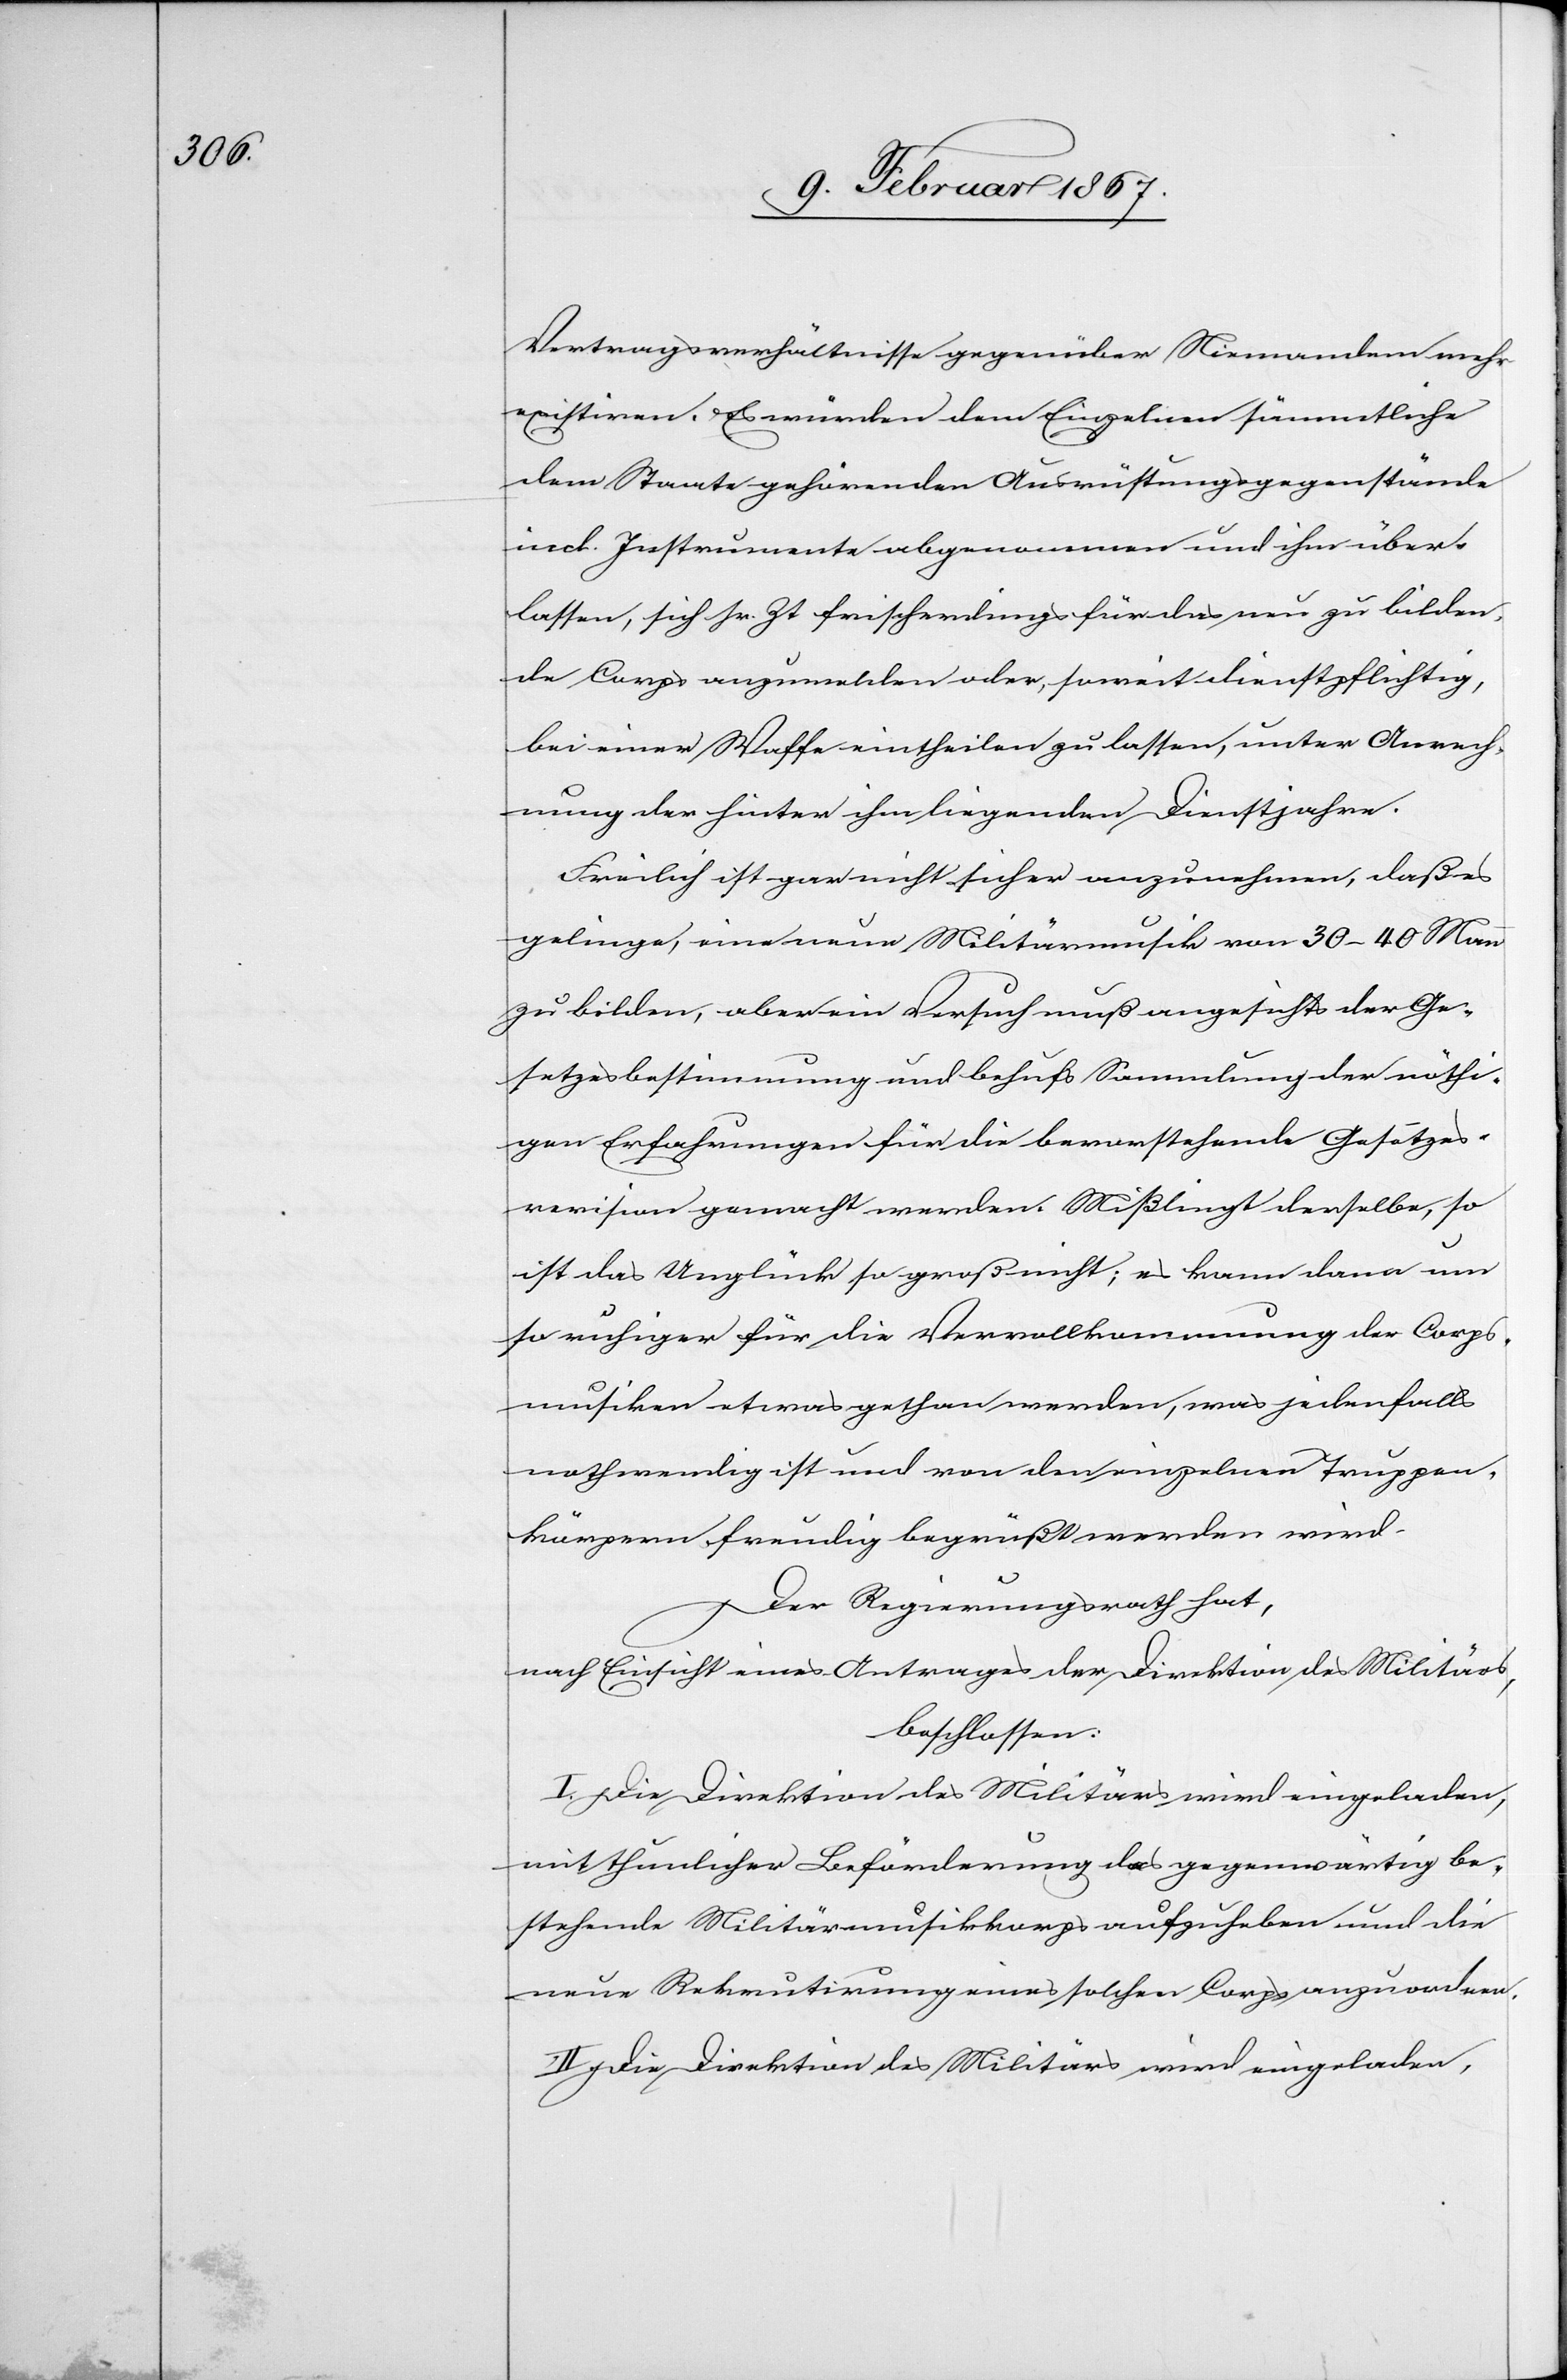
Vertragsverhältnisse gegenüber Niemandem mehr
existiren. Es würden dem Einzelnen sämmtliche
dem Staate gehörenden Ausrüstungsgegenstände
incl. Instrumente abgenommen und ihm über¬
lassen sich sr. Zt frischerdings für das neu zu bilden¬
de Corps anzumelden oder, soweit dienstpflichtig,
bei einer Waffe eintheilen zu lassen, unter Anrech¬
nung der hinter ihm liegenden Dienstjahre.
Freilich ist gar nicht sicher anzunehmen, daß es
gelinge, eine neue Militärmusik von 30–40 Mann
zu bilden, aber ein Versuch muß angesichts der Ge¬
setzesbestimmung und behufs Sammlung der nöthi¬
gen Erfahrungen für die bevorstehende Gesetzes¬
revision gemacht werden. Mißlingt derselbe, so
ist das Unglück so groß nicht; es kann dann um
so ruhiger für die Vervollkommnung der Corps¬
musiker etwas gethan werden, was jedenfalls
nothwendig ist und von den einzelnen Truppen¬
körpern freudig begrüßt werden wird.
Der Regierungsrath hat,
nach Ansicht eines Antrages der Direktion des Militärs,
beschlossen:
II. Die Direktion des Militärs wird eingeladen,
mit thunlicher Beförderung das gegenwärtig be¬
stehende Militärmusikkorps aufzuheben und die
neue Rekrutirung eines solchen Corps anzuordnen.